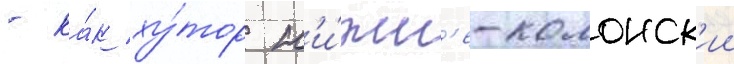
- ка́к ху́тор н'и́жн'е-колонск'ии